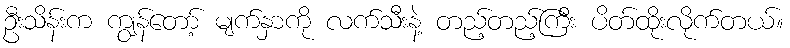
ဦးသိန်းက ကျွန်တော့် မျက်နှာကို လက်သီးနဲ့ တည့်တည့်ကြီး ပိတ်ထိုးလိုက်တယ်။